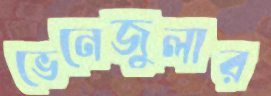
ভেনেজুলার